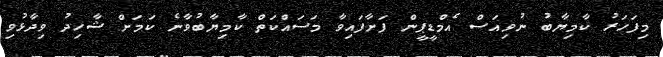
މިފަހަރު ކާމިޔާބު ނުވިއަސް އެމްޑީޕީން ފަށާފައިވާ މަސައްކަތް ކާމިޔާބުވާނެ ކަމަށް ޝާހިދު ވިދާޅުވި